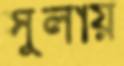
সুলায়